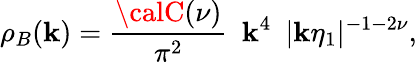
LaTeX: \rho_{B}(\mathbf{k})=\frac{{{\calC}(\nu)}}{{\pi^{2}}}\, \, \, \mathbf{k}^{4}\, \, \, |\mathbf{k}\eta_{1}|^{-1-2\nu},